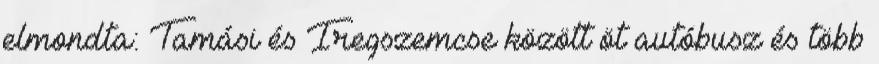
elmondta: Tamási és Iregszemcse között öt autóbusz és több